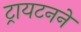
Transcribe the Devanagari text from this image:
ट्रायटनने